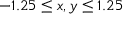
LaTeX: - 1 . 2 5 \leq x , y \leq 1 . 2 5